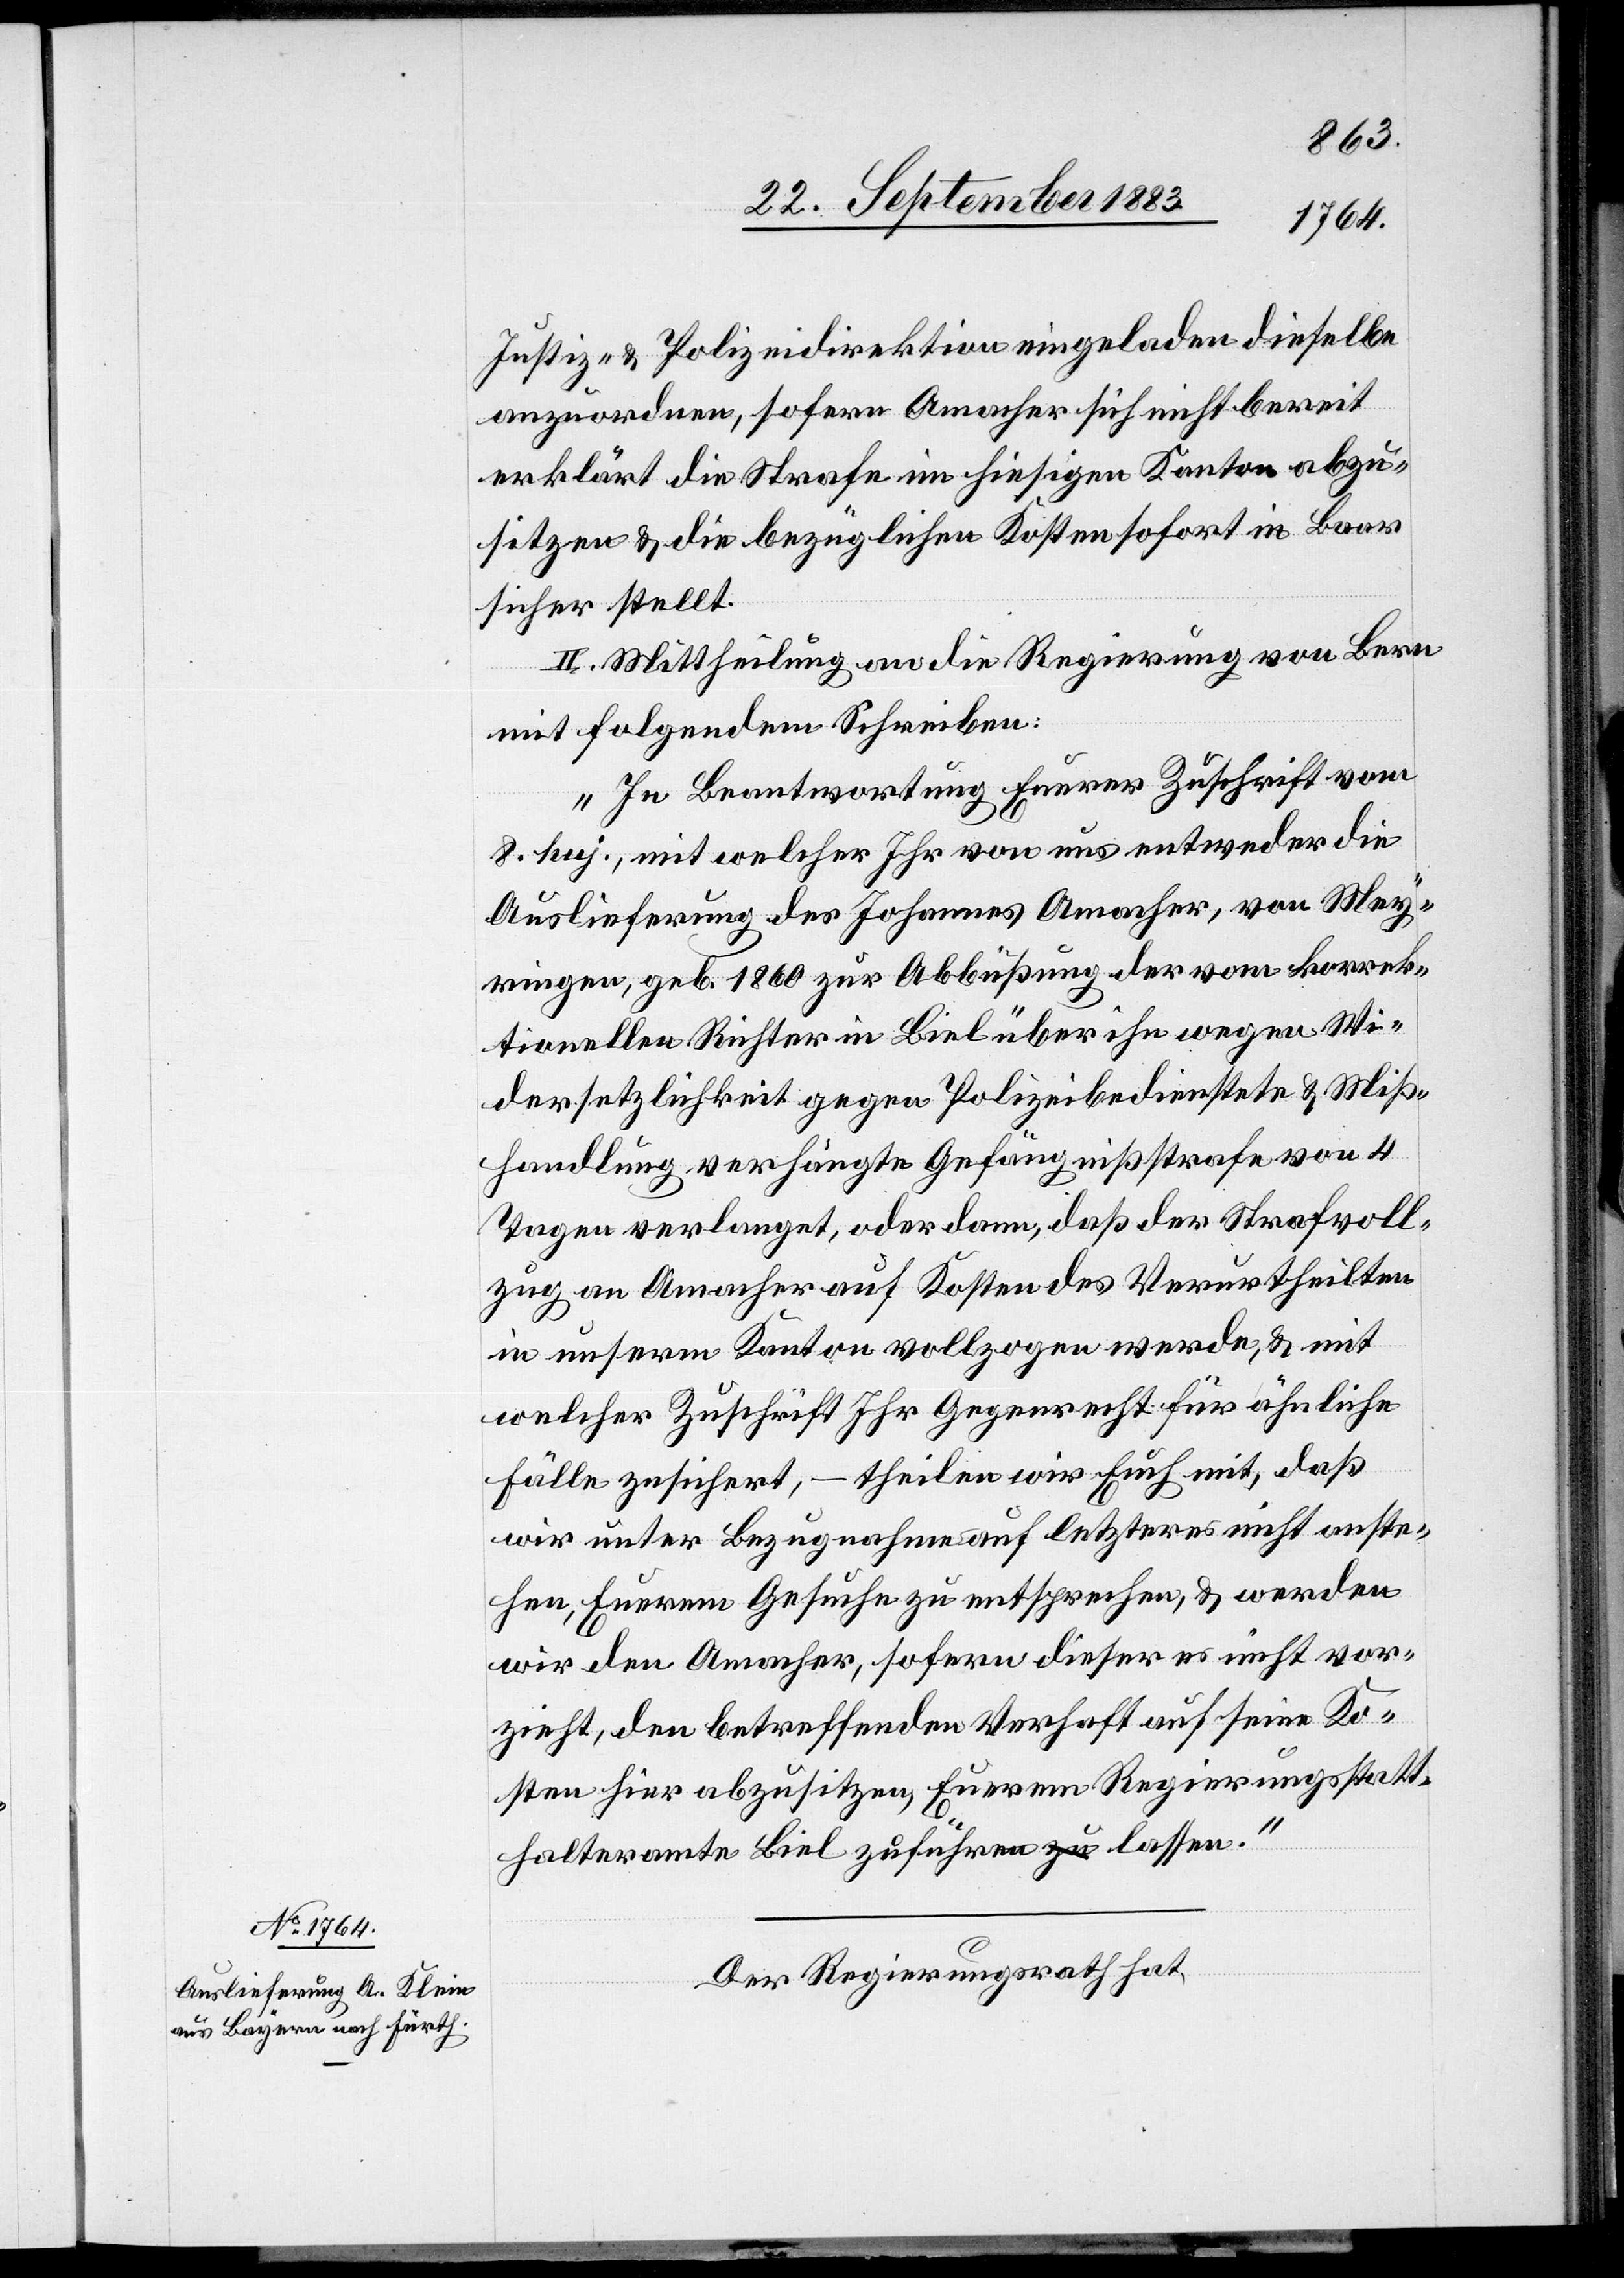
Justiz- & Polizeidirektion eingeladen dieselbe
anzuordnen, sofern Amacher sich nicht bereit
erklärt die Strafe im hiesigen Kanton abzu¬
sitzen & die bezüglichen Kosten sofort in Baar
sicher stellt.
II. Mittheilung an die Regierung von Bern
mit folgendem Schreiben:
„In Beantwortung Eurer Zuschrift vom
8. huj., mit welcher Ihr von uns entweder die
Auslieferung des Johannes Amacher, von Mey¬
ringen, geb. 1860 zur Abbüßung der vom korrek¬
tionellen Richter in Biel über ihn wegen Wi¬
dersetzlichkeit gegen Polizeibedienstete & Miß¬
handlung verhängte Gefängnißstrafe von 4
Tagen verlangt, oder dann, daß der Strafvoll¬
zug an Amacher auf Kosten des Verurteilten
in unserm Kanton vollzogen werde, & mit
welcher Zuschrift Ihr Gegenrecht für ähnliche
Fälle zusichert, – theilen wir Euch mit, daß
wir unter Bezugnahme auf letzteres nicht anste¬
hen, Euerem Gesuche zu entsprechen, & werden
wir den Amacher, sofern dieser es nicht vor¬
zieht, den betreffenden Verhaft auf seine Ko¬
sten hier abzusitzen, Euerem Regierungsstatt¬
halteramte Biel zuführen lassen.“
Der Regierungsrath hat,